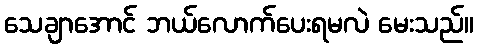
သေချာအောင် ဘယ်လောက်ပေးရမလဲ မေးသည်။